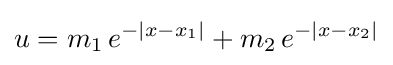
u=m_{1}\,e^{-|x-x_{1}|}+m_{2}\,e^{-|x-x_{2}|}